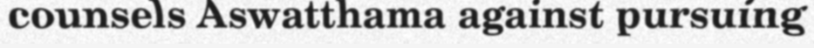
counsels Aswatthama against pursuing